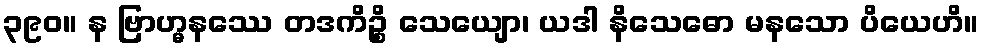
၃၉၀။ န ဗြာဟ္မနဿေ တဒကိဉ္စိ သေယျော၊ ယဒါ နိသေဓော မနသော ပိယေဟိ။